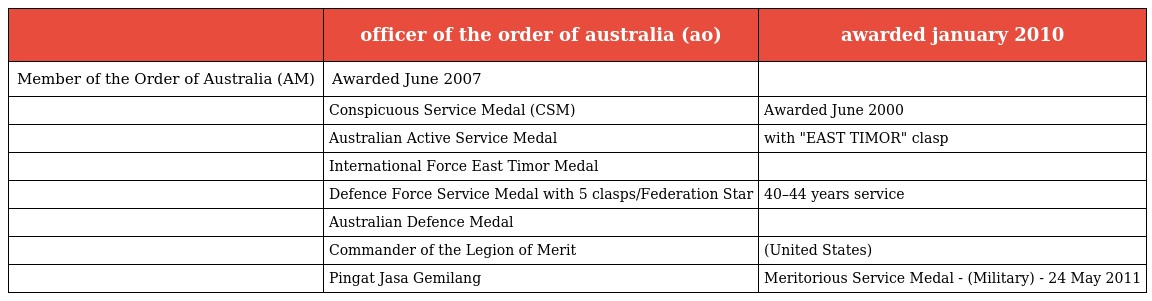
|  | officer of the order of australia (ao) | awarded january 2010 |
 | --- | --- | --- |
 | Member of the Order of Australia (AM) | Awarded June 2007 |  |
 |  | Conspicuous Service Medal (CSM) | Awarded June 2000 |
 |  | Australian Active Service Medal | with "EAST TIMOR" clasp |
 |  | International Force East Timor Medal |  |
 |  | Defence Force Service Medal with 5 clasps/Federation Star | 40–44 years service |
 |  | Australian Defence Medal |  |
 |  | Commander of the Legion of Merit | (United States) |
 |  | Pingat Jasa Gemilang | Meritorious Service Medal - (Military) - 24 May 2011 |